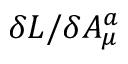
\delta { \cal L } / \delta A _ { \mu } ^ { a }